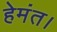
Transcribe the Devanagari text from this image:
हेमंत।